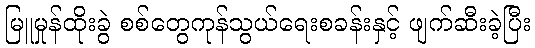
မြူမှုန်ထိုးခွဲ စစ်တွေကုန်သွယ်ရေးစခန်းနှင့် ဖျက်ဆီးခဲ့ပြီး